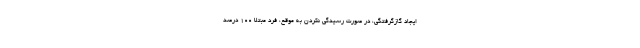
ایجاد گازگرفتگی، در صورت رسیدگی نکردن به موقع، فرد مبتلا ۱۰۰ درصد